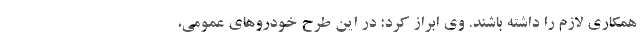
همکاری لازم را داشته باشند. وی ابراز کرد: در این طرح خودروهای عمومی،